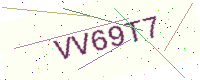
Text: VV69T7